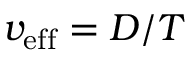
v _ { \mathrm { e f f } } = D / T